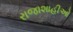
રાજાશાહીઓ